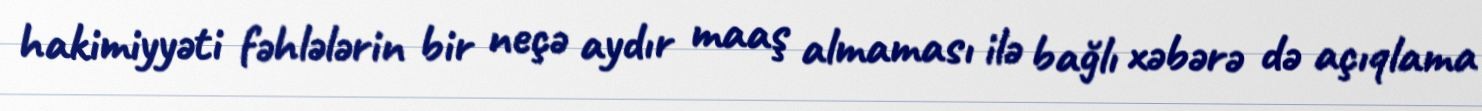
hakimiyyəti fəhlələrin bir neçə aydır maaş almaması ilə bağlı xəbərə də açıqlama